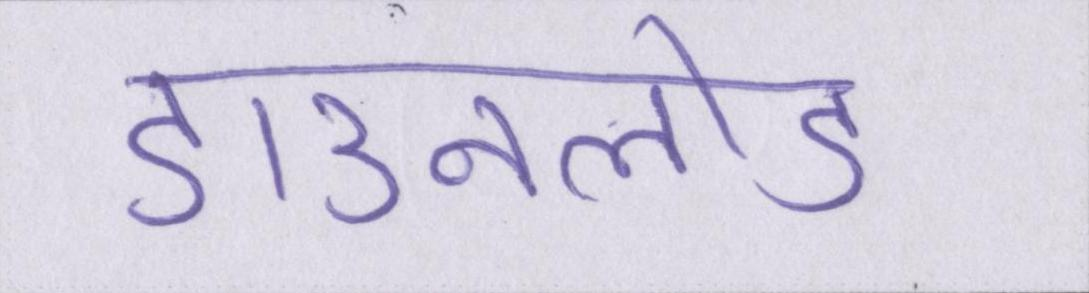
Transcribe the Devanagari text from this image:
डाउनलोड